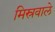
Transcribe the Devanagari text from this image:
मिस्रवाले